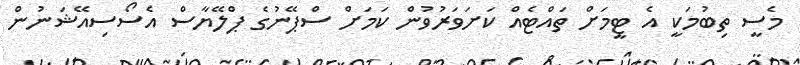
މެސީ ތިބުމަކީ އެ ޓީމަށް ތައްޓެއް ކަށަވަރުވުން ކަމަށް ސްޕޭނުގެ ޕްލޭޔާސް އެސޯސިއޭޝަނުން